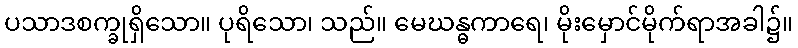
ပသာဒစက္ခုရှိသော။ ပုရိသော၊ သည်။ မေဃန္ဓကာရေ၊ မိုးမှောင်မိုက်ရာအခါ၌။